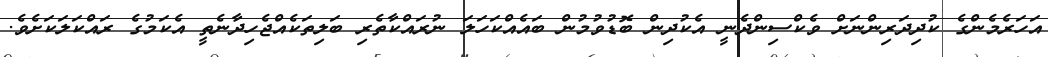
އަހަރެމެންގެ ކުދިދަރިންނަށް ވެކްސިންދެނީ އެކުދިން ބޮޑުވުމުން ބައެއްކަހަލަ ނުރައްކާތެރި ބަލިތަކެއްޖެހިދާނެތީ އެކަމުގެ ރައްކަލަކަށެވެ.